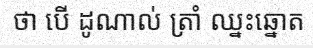
ថា បើ ដូណាល់ ត្រាំ ឈ្នះឆ្នោត